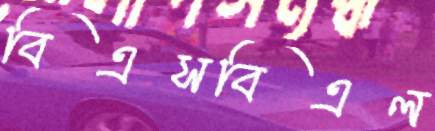
বিএসবিএল